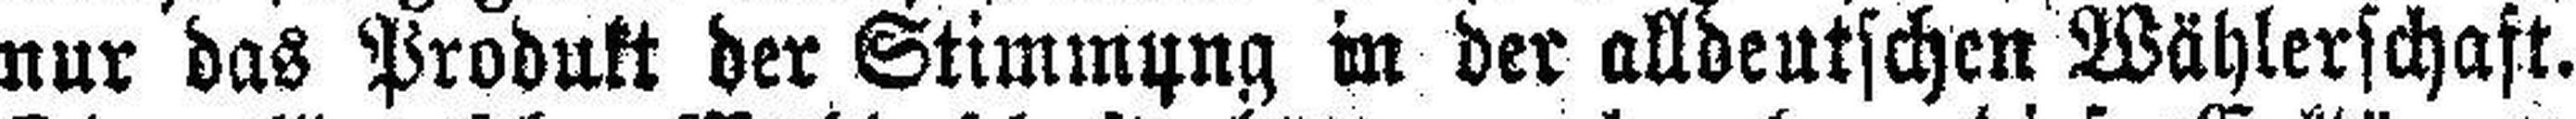
nur das Produkt der Stimmung in der alldeutschen Wählerschaft.